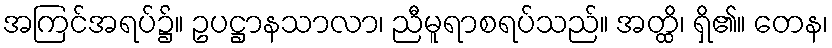
အကြင်အရပ်၌။ ဥပဋ္ဌာနသာလာ၊ ညီမူရာစရပ်သည်။ အတ္ထိ၊ ရှိ၏။ တေန၊